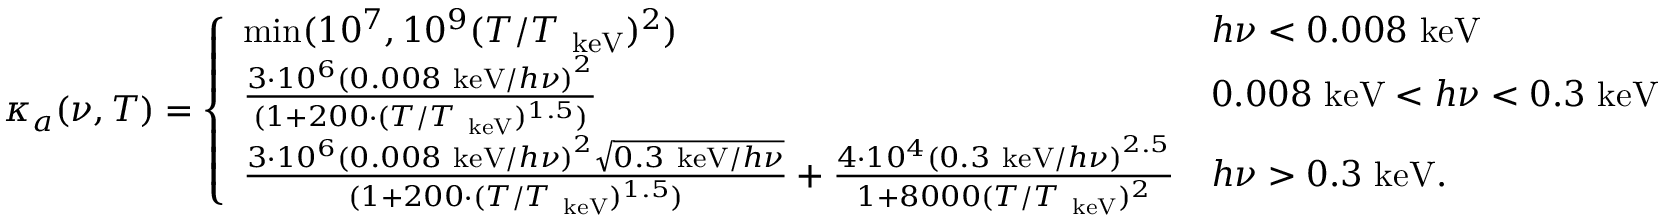
\kappa _ { a } ( \nu , T ) = \left\{ \begin{array} { l l } { \mathrm { m i n } ( 1 0 ^ { 7 } , 1 0 ^ { 9 } ( T / T _ { \mathrm { ~ k e V } } ) ^ { 2 } ) } & { h \nu < 0 . 0 0 8 \mathrm { ~ k e V } } \\ { \frac { 3 \cdot 1 0 ^ { 6 } \left( 0 . 0 0 8 \mathrm { ~ k e V } / h \nu \right) ^ { 2 } } { ( 1 + 2 0 0 \cdot ( T / T _ { \mathrm { ~ k e V } } ) ^ { 1 . 5 } ) } } & { 0 . 0 0 8 \mathrm { ~ k e V } < h \nu < 0 . 3 \mathrm { ~ k e V } } \\ { \frac { 3 \cdot 1 0 ^ { 6 } \left( 0 . 0 0 8 \mathrm { ~ k e V } / h \nu \right) ^ { 2 } \sqrt { 0 . 3 \mathrm { ~ k e V } / h \nu } } { ( 1 + 2 0 0 \cdot ( T / T _ { \mathrm { ~ k e V } } ) ^ { 1 . 5 } ) } + \frac { 4 \cdot 1 0 ^ { 4 } \left( 0 . 3 \mathrm { ~ k e V } / h \nu \right) ^ { 2 . 5 } } { 1 + 8 0 0 0 ( T / T _ { \mathrm { ~ k e V } } ) ^ { 2 } } } & { h \nu > 0 . 3 \mathrm { ~ k e V } . } \end{array} \right.